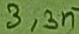
Text: 3,3n